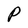
Character: P